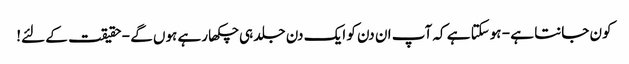
کون جانتا ہے - ہوسکتا ہے کہ آپ ان دن کو ایک دن جلد ہی چکھا رہے ہوں گے - حقیقت کے لئے!